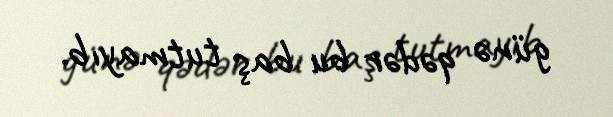
günə qədər bu baş tutmayıb.